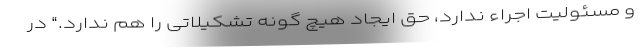
و مسئولیت اجراء ندارد، حق ایجاد هیچ گونه تشکیلاتی را هم ندارد.“ در